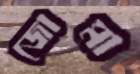
জোমা